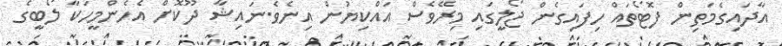
އާދައިގެމަތިން ފޮޓޯތައް ހިފައިގެން ޖޯލީގައި މިރޭވެސް އައްކިޔުން އިނެވެ.ނައިޝާ ދޫކޮށް އެހެންމީހަކާ ލޯބީގެ